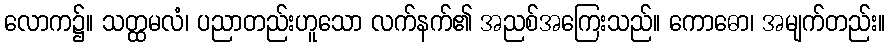
လောက၌။ သတ္ထမလံ၊ ပညာတည်းဟူသော လက်နက်၏ အညစ်အကြေးသည်။ ကောဓော၊ အမျက်တည်း။